Leaving Certificate, 1901
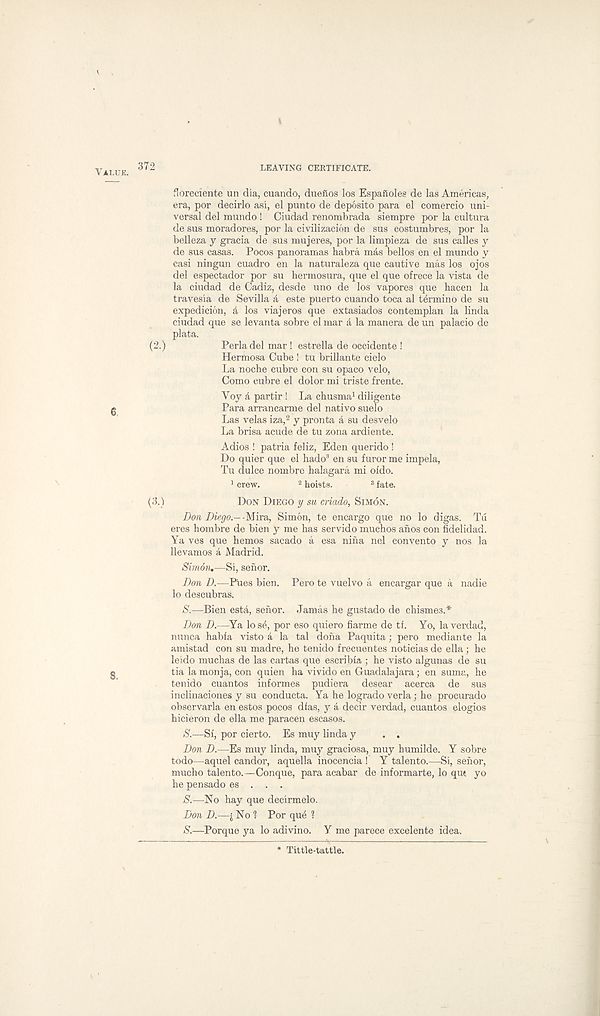
Value. 372
LEAVING CERTIFICATE.
floreciente un dia, cuando, duefios los Espafioles de las Americas,
era, por decirlo asi, el punto de deposito para el comercio uni-
versal del mundo ! Ciudad renombrada siempre por la cultura
de sus moradores, por la civilizacion de sus costumbres, por la
belleza y gracia de sus mujeres, por la limpieza de sus calles y
de sus casas. Pocos panoramas habra mas bellos en el mundo y
casi ningun cuadro en la naturaleza que cautive mas los ojos
del espectador por su hermosura, que el que ofrece la vista de
la ciudad de Cadiz, desde uno de los vapores que hacen la
travesia de Sevilla a este puerto cuando toca al termino de su
expedicion, A los viajeros que extasiados contemplan la linda
ciudad que se levanta sobre el mar A la manera de un palacio de
plata.
(2.)
Perladel mar ! estrella de occidente !
Herttiosa Cube ! tu brillante cielo
La noche cubre con su opaco velo,
Como cubre el dolor mi triste frente.
Voy a partir ! La chusma 1 diligente
Para arrancarme del nativo suelo
Las velas iza, 2 y pronta a su desvelo
La brisa acude de tu zona ardiente.
Adios ! patria feliz, Eden querido !
Do quier que el hado 3 en su furor me impela,
Tu dulce nombre halagara mi oido.
1 crew.
2 hoists.
3 fate.
(3.)
Don Diego y su criado, Simon.
Don Diego.--Mira, Simon, te encargo que no lo digas. Tu
eres hombre de bien y me has servido muchos anos con fidelidad.
Ya ves que hemos sacado a esa nina nel convento y nos la
llevamos a Madrid.
Siriidn.—Si, senor.
Don D.—Pues bien. Pero te vuelvo a encargar que a nadie
lo descubras.
»S' .—Bien esta, sehor. Jamas he gustado de chismes.*
Don D.—Ya losd, por eso quiero fiarme de ti. Yo, laverdad,
nunca habia visto A la tal dona Paquita; pero median te la
amistad con su madre, he tenido frecuentes noticias de ella ; he
leido muchas de las cartas que escribia ; he visto algunas de su
tia la monja, con quien ha vivido en Guadalajara; en suma, he
tenido cuantos informes pudiera desear acerca de sus
inclinaciones y su conducta. Ya he logrado verla; he procurado
observarla en estos pocos dias, y A deeir verdad, cuantos elogios
hicieron de ella me paracen escasos.
(S' .—Sf, por cierto. Es muy linda y . .
Don D.—Es muy linda, muy graciosa, muy humilde. Y sobre
todo—aquel candor, aquella inocencia ! Y talento.—Si, sehor,
mucho talento.—Conque, para acabar de informarte, lo qut yo
he pensado es . . .
S.—No hay que decirmelo.
Don D.—i No 1 Por qu4 ?
S'.—Porque ya lo adivino. Y me parece excelente idea.
Tittle-tattle.